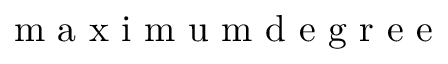
\mathrm { ~ m ~ a ~ x ~ i ~ m ~ u ~ m ~ d ~ e ~ g ~ r ~ e ~ e ~ }